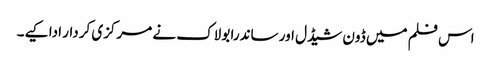
اس فلم میں ڈون شیڈل اور ساندرا بولاک نے مرکزی کردار ادا کیے۔